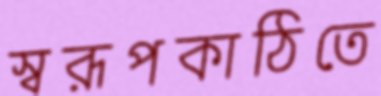
স্বরূপকাঠিতে